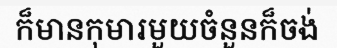
ក៏មានកុមារមួយចំនួនក៏ចង់